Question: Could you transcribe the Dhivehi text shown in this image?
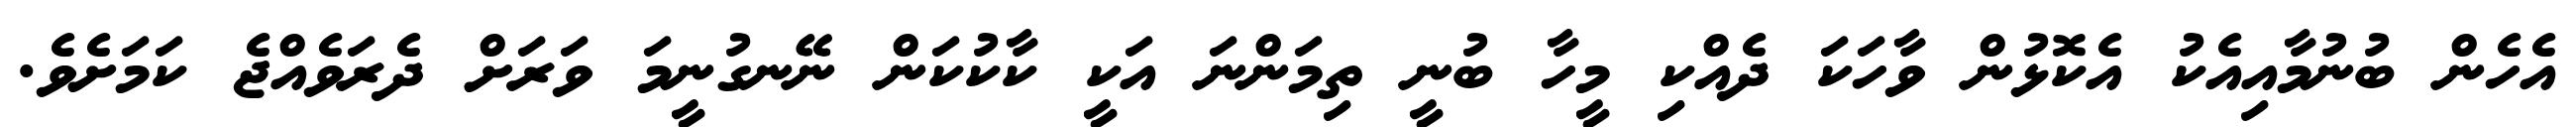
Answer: އެހެން ބުނުމާއިއެކު އެކޮޅުން ވާހަކަ ދެއްކި މީހާ ބުނީ ތިމަންނަ އަކީ ކާކުކަން ނޭނގުނީމަ ވަރަށް ދެރަވެއްޖެ ކަމަށެވެ.